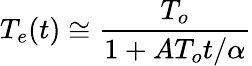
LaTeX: T_{e}(t)\cong\frac{T_{o}}{1+AT_{o}t/\alpha}